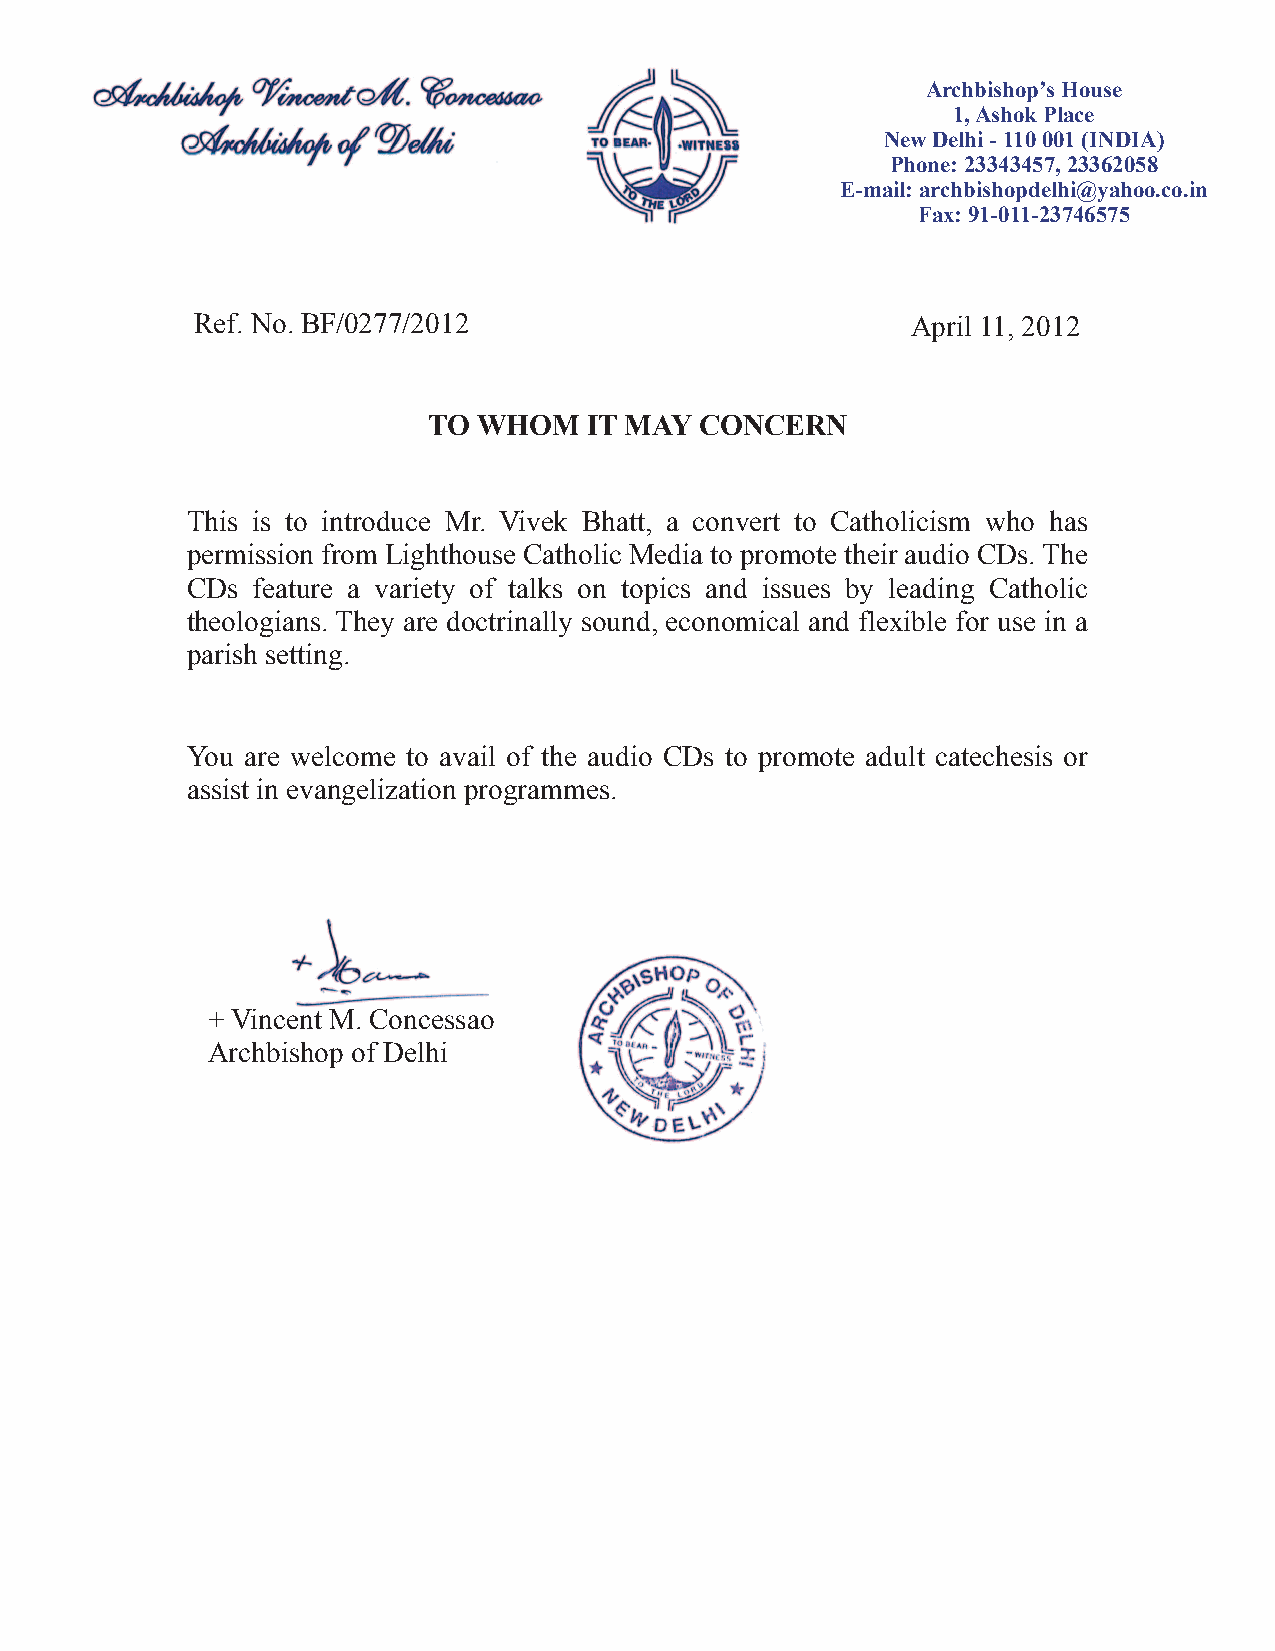
Archbishop’s House
 1, Ashok Place
 New Delhi - 110 001 (INDIA)
 Phone: 23343457, 23362058
 E-mail: archbishopdelhi@yahoo.co.in
 Fax: 91-011-23746575
 Ref. No. BF/0277/2012                          April 11, 2012
 TO  WHOM   IT MAY CONCERN
 This is to introduce Mr. Vivek Bhatt, a convert to Catholicism who has
 permission from Lighthouse Catholic Media to promote their audio CDs. The
 CDs  feature a variety of talks on topics and issues by leading Catholic
 theologians. They are doctrinally sound, economical and flexible for use in a
 parish setting.
 You are welcome to avail of the audio CDs to promote adult catechesis or
 assist in evangelization programmes.
 + Vincent M. Concessao
 Archbishop of Delhi